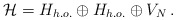
\begin{align*}{\cal H}=H_{h.o.}\oplus H_{h.o.}\oplus V_{N}\,.\end{align*}